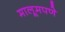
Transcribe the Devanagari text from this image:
मालूमपणे